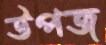
উপজ